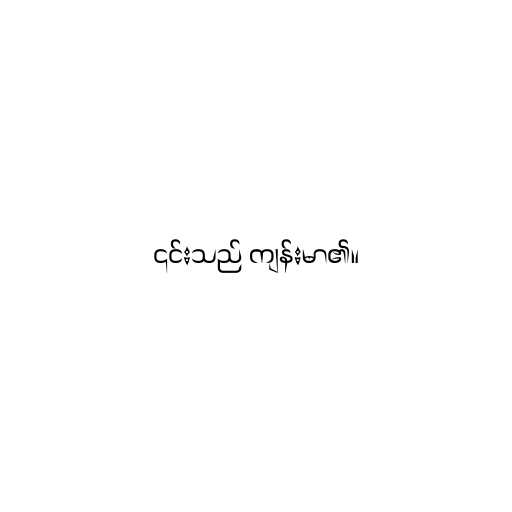
၎င်းသည် ကျန်းမာ၏။